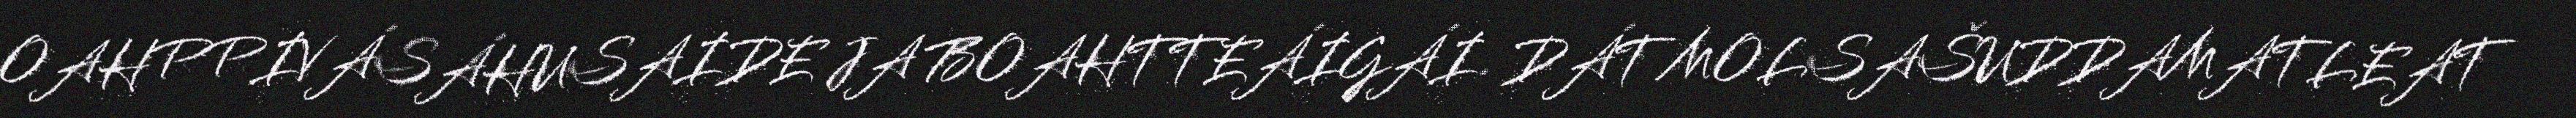
OAHPPIVÁSÁHUSAIDE JA BOAHTTEÁIGÁI. DÁT MOLSAŠUDDAMATLEAT